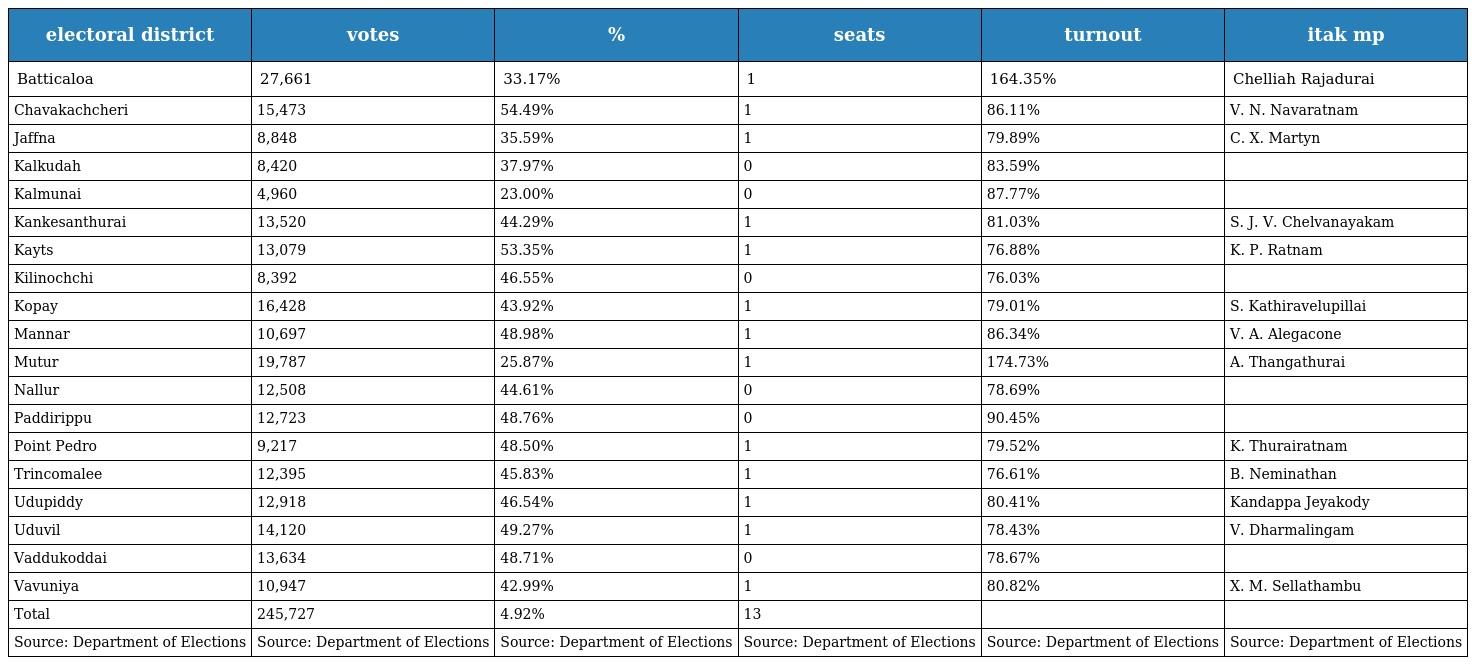
| electoral district | votes | % | seats | turnout | itak mp |
 | --- | --- | --- | --- | --- | --- |
 | Batticaloa | 27,661 | 33.17% | 1 | 164.35% | Chelliah Rajadurai |
 | Chavakachcheri | 15,473 | 54.49% | 1 | 86.11% | V. N. Navaratnam |
 | Jaffna | 8,848 | 35.59% | 1 | 79.89% | C. X. Martyn |
 | Kalkudah | 8,420 | 37.97% | 0 | 83.59% |  |
 | Kalmunai | 4,960 | 23.00% | 0 | 87.77% |  |
 | Kankesanthurai | 13,520 | 44.29% | 1 | 81.03% | S. J. V. Chelvanayakam |
 | Kayts | 13,079 | 53.35% | 1 | 76.88% | K. P. Ratnam |
 | Kilinochchi | 8,392 | 46.55% | 0 | 76.03% |  |
 | Kopay | 16,428 | 43.92% | 1 | 79.01% | S. Kathiravelupillai |
 | Mannar | 10,697 | 48.98% | 1 | 86.34% | V. A. Alegacone |
 | Mutur | 19,787 | 25.87% | 1 | 174.73% | A. Thangathurai |
 | Nallur | 12,508 | 44.61% | 0 | 78.69% |  |
 | Paddirippu | 12,723 | 48.76% | 0 | 90.45% |  |
 | Point Pedro | 9,217 | 48.50% | 1 | 79.52% | K. Thurairatnam |
 | Trincomalee | 12,395 | 45.83% | 1 | 76.61% | B. Neminathan |
 | Udupiddy | 12,918 | 46.54% | 1 | 80.41% | Kandappa Jeyakody |
 | Uduvil | 14,120 | 49.27% | 1 | 78.43% | V. Dharmalingam |
 | Vaddukoddai | 13,634 | 48.71% | 0 | 78.67% |  |
 | Vavuniya | 10,947 | 42.99% | 1 | 80.82% | X. M. Sellathambu |
 | Total | 245,727 | 4.92% | 13 |  |  |
 | Source: Department of Elections | Source: Department of Elections | Source: Department of Elections | Source: Department of Elections | Source: Department of Elections | Source: Department of Elections |